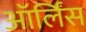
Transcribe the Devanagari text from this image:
ऑर्लिंस